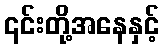
၎င်းတို့အနေနှင့်